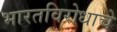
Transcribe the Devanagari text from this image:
भारतविरोधाचे